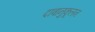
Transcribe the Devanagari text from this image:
दाबानुकूलन